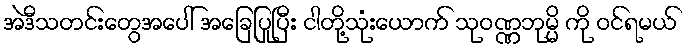
အဲဒီသတင်းတွေအပေါ် အခြေပြုပြီး ငါတို့သုံးယောက် သုဝဏ္ဏဘုမ္မိ ကို ဝင်ရမယ်